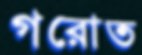
গরোত